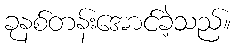
ခုနစ်တန်းအောင်ခဲ့သည်။